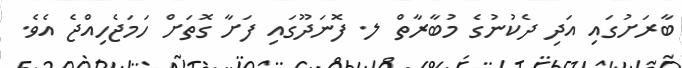
ބާރަށުގައި އަދި ދެކުނުގެ މުބާރާތް ލ. ފޮނަދޫގައި ފަށާ ގޮތަށް ހަމަޖެހިއްޖެ އެވެ.